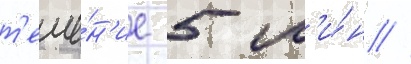
т'ече́н'ие 5 м'и́н //